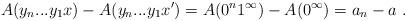
LaTeX: \begin{align*}A(y_n...y_1x) - A(y_n...y_1x') = A(0^n 1^\infty) - A(0^\infty) = a_n - a \ .\end{align*}